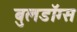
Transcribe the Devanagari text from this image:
बुलडॉग्‍स